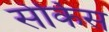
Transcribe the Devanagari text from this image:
सेर्किस